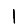
Digit: 1